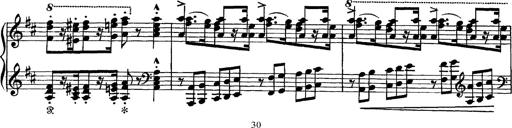
Title: Scherzo und Marsch
Composer: Franz Liszt